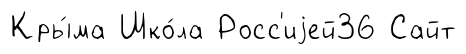
Кры́ма Шко́ла Росс'иjей36 Сайт